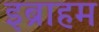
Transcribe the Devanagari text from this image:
इब्राहम